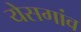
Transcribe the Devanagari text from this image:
येसगांव